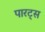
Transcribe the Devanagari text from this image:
पारट्स